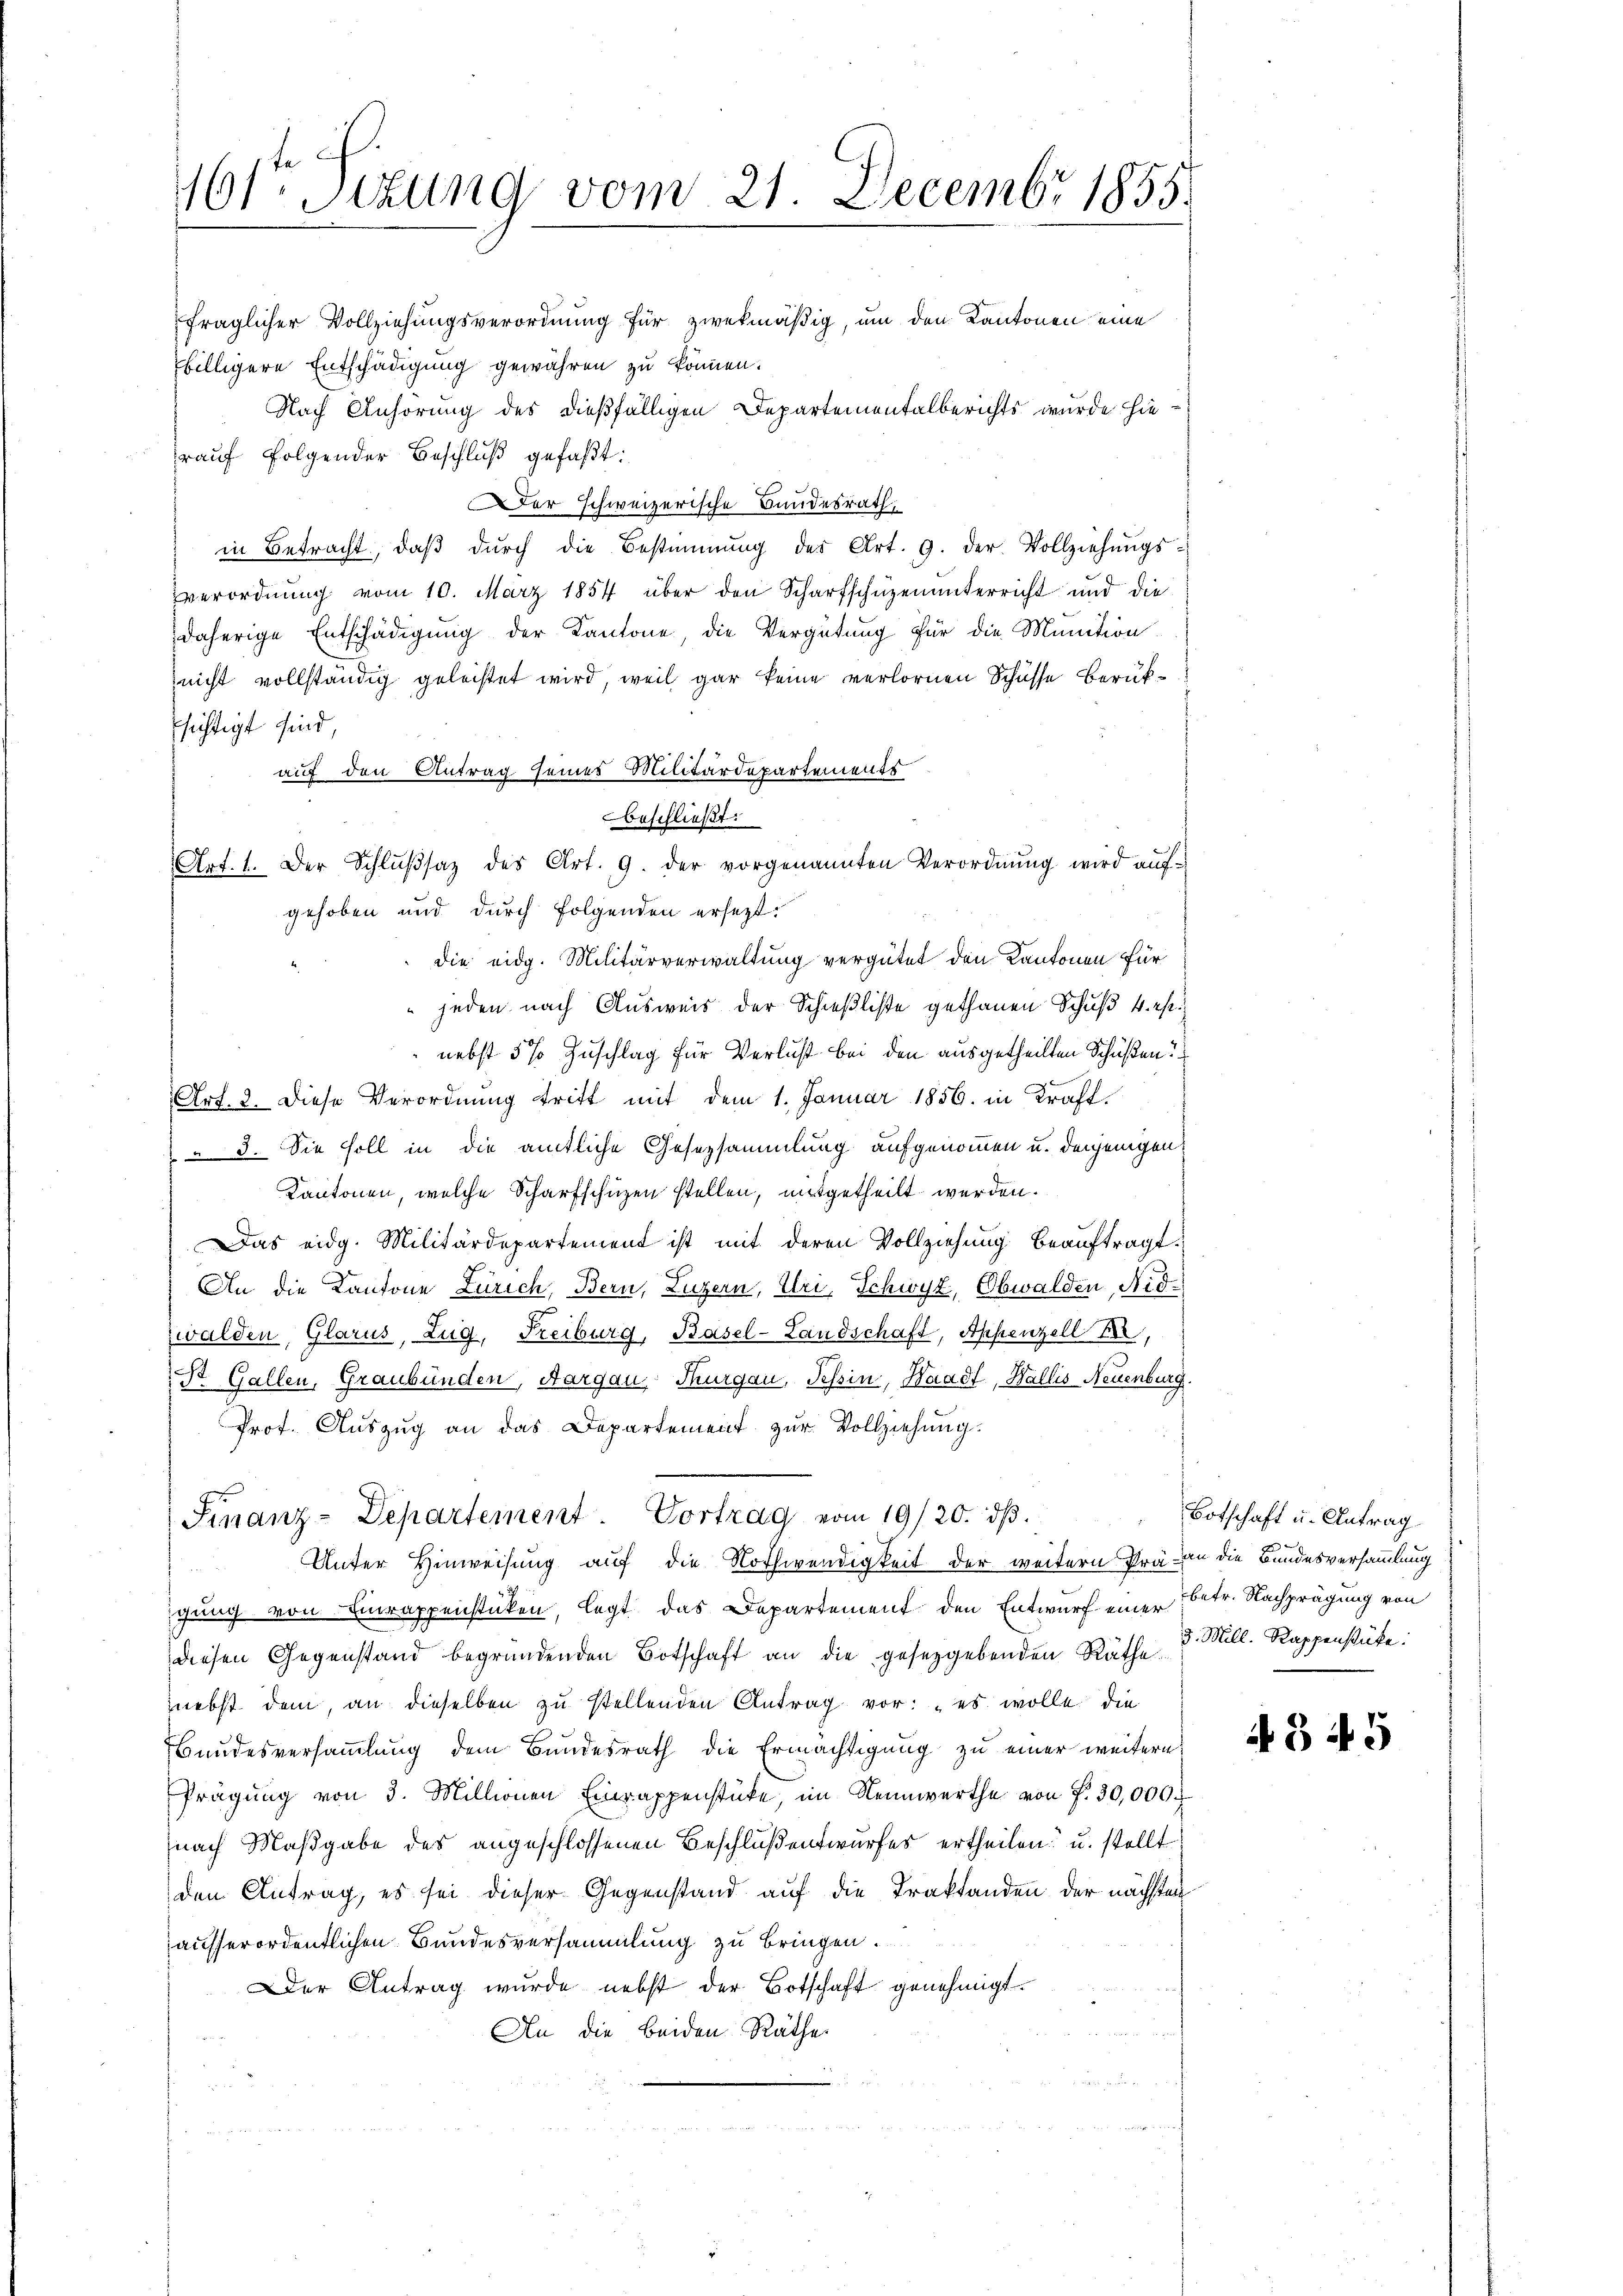
161ten Sizung vom 21. Decembr 1855.

fraglicher Vollziehungsverordnung für zwekmäßig, um den Kantonen eine
billigere Entschädigung gewähren zu können.
Nach Anhörung des dießfälligen Departementalberichts wurde hierauf folgender Beschluß gefaßt:
er schweizerische Bundesrath,
in Betracht, daβ dŭrch die Bestimmung der Art. 9. der Vollziehŭngs-
verordnŭng vom 10. März 1854 über den Scharfschüzenunterricht und die
daherige Entschädigung der Kantone, die Vergütung für die Munition
nicht vollständig geleistet wird, weil gar keine verlornen Schüsse Berüksichtigt sind
auf den Antrag seines Militärdepartements
beschließt:
Art. 1. Der Schlŭβsaz des Art. 9. der vorgenannten Verordnŭng wird aŭf-
gehoben und durch folgenden ersezt:
die eidg. Militärverwaltung vergütet den Kantonen für
 jeden nach Ausweis der Schießliste gethanen Schuß 4. es
nebst 5% Zuschlag für Verlust bei den ausgetheilten Schüßen
Art. 2. Diese Verordnung tritt mit dem 1. Januar 1856. in Kraft.
 3. Sie soll in die amtliche Gesezsammlung aufgenommen u. denjenigen
Kantonen, welche Scharfschüzen stellen, mitgetheilt werden.
Das eidg. Militärdepartement ist mit deren Vollziehung beauftragt.
An die Kantone Zürich, Bern, Luzern, Uri, Schwyz, Obwalden, Nidzwalden, Glarus, Zug, Freiburg, Basel-Landschaft, Appenzell
St. Gallen, Graubünden, Aargau, Thurgau, Tessin, Waadt, Wallis, Neuenburg.
Prof. Auszug an das Departement zur Vollziehung.
Finanz-Departement. Vortrag vom 19/20. dβ.
Unter Hinweisung auf die Nothwendigkeit der weitern Prä- an die Bundesversammlung
gung von Einrappenstücken, legt das Departement den Entwurf einer betr. Nachprägung von
diesen Gegenstand begründenden Botschaft an die gesetzgebenden Räthe 3. Mill. Rappenstüke:
nebst dem, an dieselben zu stellenden Antrag vor: „es wolle die
Bundesversammlung dem Bundesrath die Ermächtigung zu einer weitern
Prägung von 3. Millionen Einrappenstücke, im Nennwerthe von f. 30,000
nach Maßgabe des angeschlossenen Beschlußentwurfes ertheilen u. stellt
den Antrag, es sei dieser Gegenstand auf die Traktanden der nächsten
ausserordentlichen Bundesversammlung zu bringen.
Der Antrag wurde nebst der Botschaft genehmigt.
An die beiden Räthe

Botschaft u. Antrag

AB 45